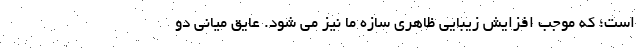
است؛ که موجب افزایش زیبایی ظاهری سازه ما نیز می شود. عایق میانی دو